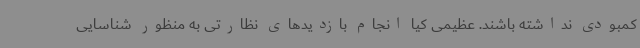
کمبودی نداشته باشند. عظیمی کیا انجام بازدیدهای نظارتی به منظور شناسایی